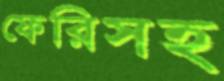
ফেরিসহ